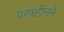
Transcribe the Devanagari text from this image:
वस्त्रहीनने